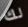
لك